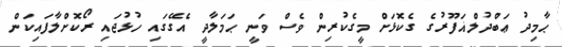
ޙާމިދު ޢަބްދުލްޣަފޫރުގެ ގެކޮޅަށް މީގެކުރިން ވެސް ވަނީ ޙަމަލާދީ އެގޭގައި ހުޅުޖައި ރޯކޮށްލާފައިކަން